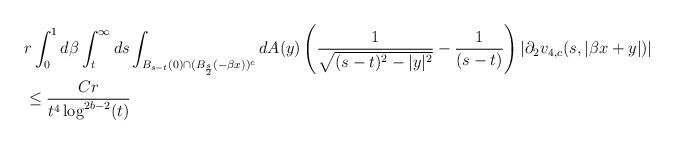
LaTeX: \begin{align*} &r \int_{0}^{1}d\beta \int_{t}^{\infty} ds \int_{B_{s-t}(0)\cap (B_{\frac{s}{2}}(-\beta x))^{c}}dA(y)\left(\frac{1}{\sqrt{(s-t)^{2}-|y|^{2}}}-\frac{1}{(s-t)}\right) |\partial_{2}v_{4,c}(s,|\beta x+y|)|\\&\leq \frac{C r}{t^{4} \log^{2b-2}(t)}\end{align*}